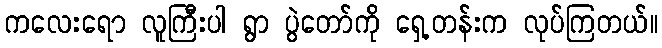
ကလေးရော လူကြီးပါ ရွာ ပွဲတော်ကို ရှေ့တန်းက လုပ်ကြတယ်။